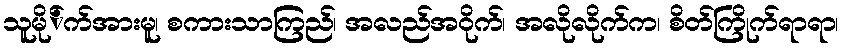
သူမို်က်အားမူ၊ စကားသာကြည်၊ အလည်အဝိုက်၊ အလိုလိုက်က၊ စိတ်ကြိုက်ရာရာ၊